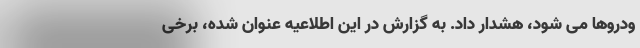
ودروها می شود،‌ هشدار داد. به گزارش در این اطلاعیه عنوان شده، برخی